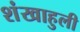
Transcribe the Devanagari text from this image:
शंखाहुली